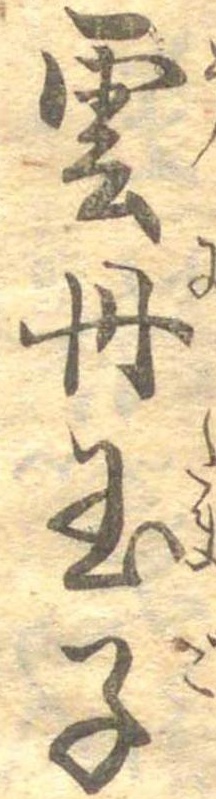
雲丹玉子